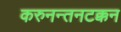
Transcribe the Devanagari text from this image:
करुनन्तनटक्कन